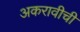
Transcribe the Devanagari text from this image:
अकरावीची